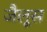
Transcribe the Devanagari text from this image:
जैलूस